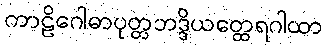
ကာဠိဂေါဓာပုတ္တဘဒ္ဒိယတ္ထေရဂါထာ